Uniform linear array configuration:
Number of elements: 12
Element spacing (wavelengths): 1
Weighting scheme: uniform
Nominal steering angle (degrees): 30
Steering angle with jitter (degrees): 29.862
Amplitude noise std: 0.05
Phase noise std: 0.05

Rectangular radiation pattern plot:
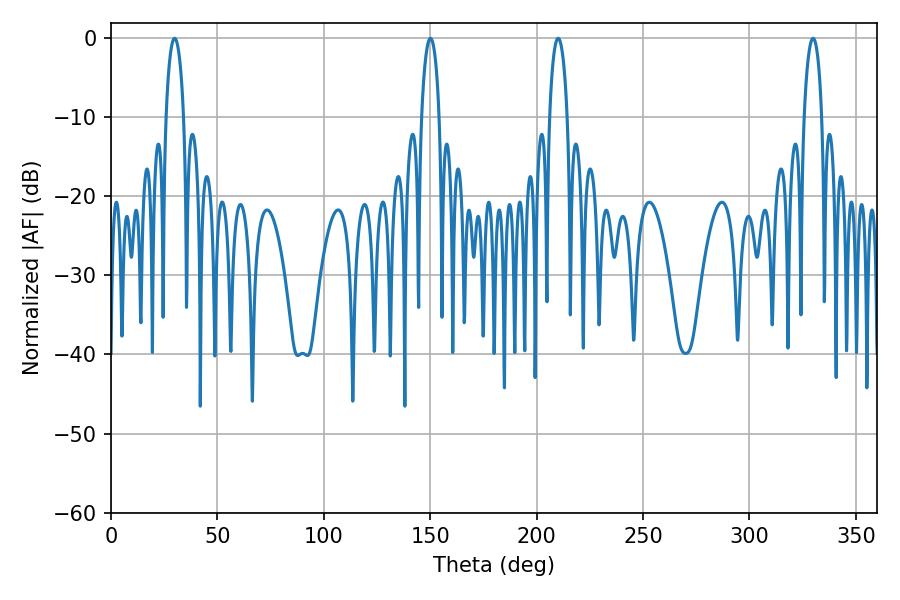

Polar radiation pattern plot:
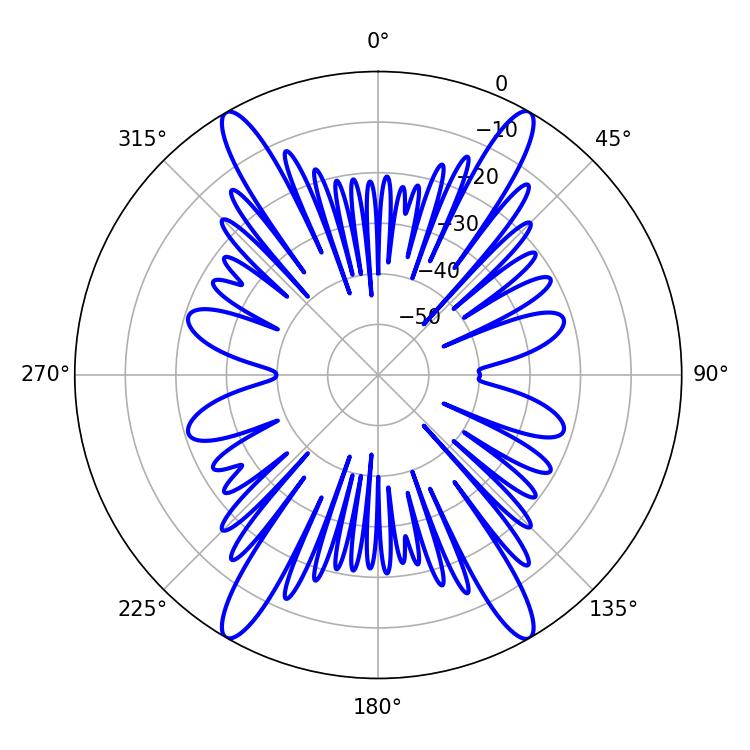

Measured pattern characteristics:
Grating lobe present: TRUE
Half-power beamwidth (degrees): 4.68
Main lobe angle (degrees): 29.88